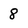
Character: 8